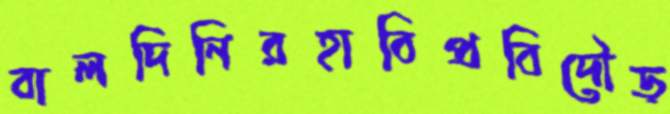
বালদিনিরহাবিপ্রবিদৌড়